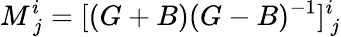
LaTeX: M_{\ j}^{i}=[(G+B)(G-B)^{-1}]_{\ j}^{i}